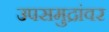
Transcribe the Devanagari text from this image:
उपसमुद्रांवर